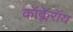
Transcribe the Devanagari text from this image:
कॉक्लेरॉय